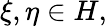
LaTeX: \xi,\eta\in H,